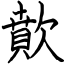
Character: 歕